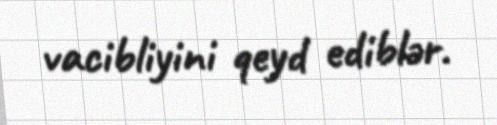
vacibliyini qeyd ediblər.